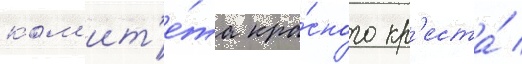
ком'ит'е́та кра́сного кр'еста́ /